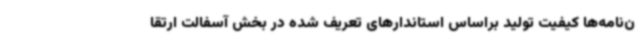
ن‌نامه‌ها کیفیت تولید براساس استاندارهای تعریف شده در بخش آسفالت ارتقا